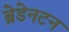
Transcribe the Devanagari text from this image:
ब्रेडेनटन